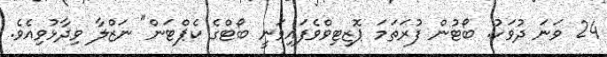
24 ވަނަ ދުވަހު. ބޯޓުން ފުރަތަމަ ޕޮޒިޓިވްވެފައިވަނީ ބޯޓްގެ ކެޕްޓަން" ނަޒްލާ ވިދާޅުވިއެވެ.